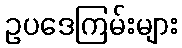
ဥပဒေကြမ်းများ